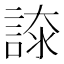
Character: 𧩚